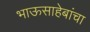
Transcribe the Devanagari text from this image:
भाऊसाहेबांचा